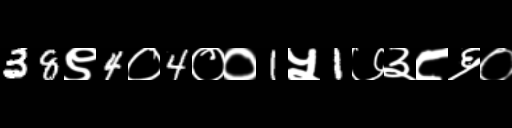
Text: 38९4०4००1५1७३८६०